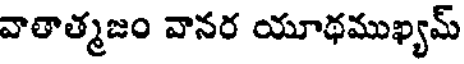
వాలాత్మజం వానర యూథముఖ్యమ్